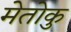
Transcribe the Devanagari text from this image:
मेतोकु